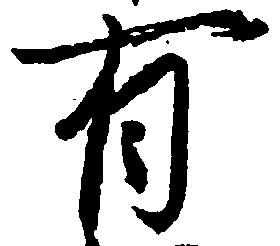
有